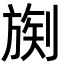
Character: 𪟒